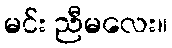
မင်း ညီမလေး။